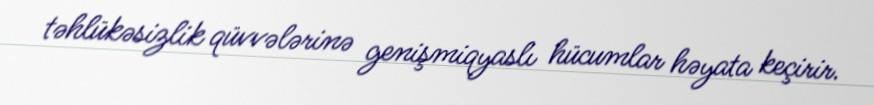
təhlükəsizlik qüvvələrinə genişmiqyaslı hücumlar həyata keçirir.